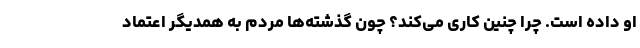
او داده است. چرا چنین کاری می‌کند؟ چون گذشته‌ها مردم به همدیگر اعتماد